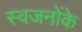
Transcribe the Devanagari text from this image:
स्वजनोंके